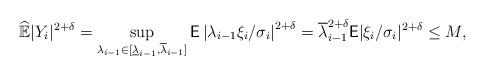
LaTeX: \begin{align*} \widehat{\mathbb E}|Y_i|^{2+\delta}=\sup_{\lambda_{i-1}\in [\underline\lambda_{i-1},\overline\lambda_{i-1}]}\mathsf E\left|\lambda_{i-1}\xi_i/\sigma_i\right|^{2+\delta}=\overline\lambda_{i-1}^{2+\delta}\mathsf E|\xi_i/\sigma_i|^{2+\delta}\le M,\end{align*}